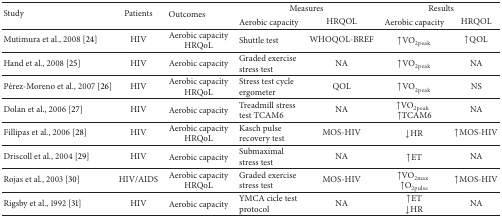
<table><thead><tr><td rowspan="2"><b>Study</b></td><td rowspan="2"><b>Patients</b></td><td rowspan="2"><b>Outcomes</b></td><td colspan="2"><b>Measures</b></td><td colspan="2"><b>Results</b></td></tr><tr><td><b>Aerobic capacity</b></td><td><b>HRQOL</b></td><td><b>Aerobic capacity</b></td><td><b>HRQOL</b></td></tr></thead><tbody><tr><td>Mutimura et al., 2008 [24]</td><td>HIV</td><td>Aerobic capacity HRQoL</td><td>Shuttle test</td><td>WHOQOL-BREF</td><td>↑VO<sub>2peak</sub></td><td>↑QOL</td></tr><tr><td>Hand et al., 2008 [25]</td><td>HIV</td><td>Aerobic capacity</td><td>Graded exercise stress test</td><td>NA</td><td>↑VO<sub>2peak</sub></td><td>NA</td></tr><tr><td>Pérez-Moreno et al., 2007 [26]</td><td>HIV</td><td>Aerobic capacity HRQoL</td><td>Stress test cycle ergometer</td><td>QOL </td><td>↑VO<sub>2peak</sub></td><td>NS</td></tr><tr><td>Dolan et al., 2006 [27]</td><td>HIV</td><td>Aerobic capacity</td><td>Treadmill stress test TCAM6</td><td>NA</td><td>↑VO<sub>2peak</sub>↑TCAM6</td><td>NA</td></tr><tr><td>Fillipaset al., 2006 [28]</td><td>HIV</td><td>Aerobic capacity HRQoL</td><td>Kasch pulse recovery test</td><td>MOS-HIV</td><td>↓HR</td><td>↑MOS-HIV</td></tr><tr><td>Driscoll et al., 2004 [29]</td><td>HIV</td><td>Aerobic capacity</td><td>Submaximal stress test </td><td>NA</td><td>↑ET</td><td>NA</td></tr><tr><td>Rojas et al., 2003 [30]</td><td>HIV/AIDS</td><td>Aerobic capacity HRQoL</td><td>Graded exercise stress test</td><td>MOS-HIV</td><td>↑VO<sub>2max</sub>↑O<sub>2pulse</sub></td><td>↑MOS-HIV</td></tr><tr><td>Rigsby et al., 1992 [31]</td><td>HIV</td><td>Aerobic capacity</td><td>YMCA cicle test protocol </td><td>NA</td><td>↑ET ↓HR</td><td>NA</td></tr></tbody></table>